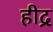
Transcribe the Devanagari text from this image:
हीद्र